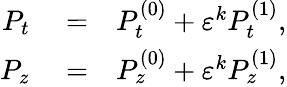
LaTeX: \begin{array}{rlr}{P_{t}}&{{}=}&{P_{t}^{\left(0\right)}+\varepsilon^{k}P_{t}^{\left(1\right)},}\\ {P_{z}}&{{}=}&{P_{z}^{\left(0\right)}+\varepsilon^{k}P_{z}^{\left(1\right)},}\end{array}